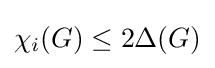
\chi _{i}(G)\leq 2\Delta (G)